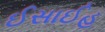
ઈસાઈહ